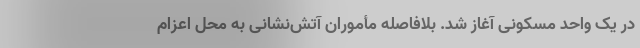
در یک واحد مسکونی آغاز شد. بلافاصله مأموران آتش‌نشانی به محل اعزام